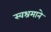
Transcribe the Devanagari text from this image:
स्वश्रमाने